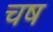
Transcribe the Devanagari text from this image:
चष